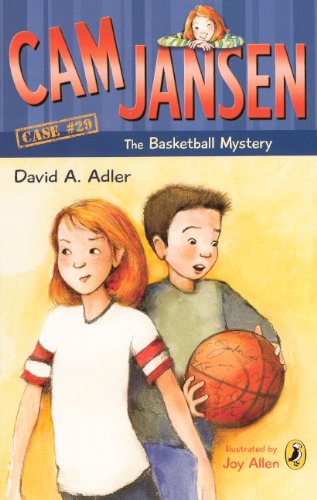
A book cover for Cam Jansen And The Basketball Mystery (Turtleback School & Library Binding Edition); David A. Adler; Children's Books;